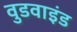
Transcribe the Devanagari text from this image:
वुडवाइंड